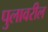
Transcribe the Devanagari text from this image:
पुलावरील